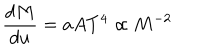
\frac { d M } { d u } = a A T ^ { 4 } \propto M ^ { - 2 }